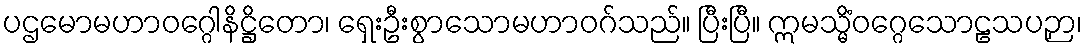
ပဌမောမဟာဝဂ္ဂေါနိဋ္ဌိတော၊ ရှေးဦးစွာသောမဟာဝဂ်သည်။ ပြီးပြီ။ ဣမသ္မိံဝဂ္ဂေသောဠသပဉှာ၊